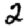
Digit: 2